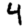
Digit: 4